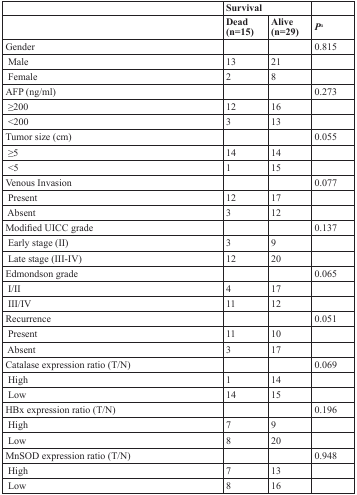
|  | <COLSPAN=2> Survival |  |
 |  | Dead (n=15) | Alive (n=29) | Pa |
 | --- | --- | --- | --- |
 | Gender |  |  | 0.815 |
 | Male | 13 | 21 |  |
 | Female | 2 | 8 |  |
 | AFP (ng/ml) |  |  | 0.273 |
 | ≥200 | 12 | 16 |  |
 | <200 | 3 | 13 |  |
 | Tumor size (cm) |  |  | 0.055 |
 | ≥5 | 14 | 14 |  |
 | <5 | 1 | 15 |  |
 | Venous Invasion |  |  | 0.077 |
 | Present | 12 | 17 |  |
 | Absent | 3 | 12 |  |
 | Modified UICC grade |  |  | 0.137 |
 | Early stage (II) | 3 | 9 |  |
 | Late stage (III-IV) | 12 | 20 |  |
 | Edmondson grade |  |  | 0.065 |
 | I/II | 4 | 17 |  |
 | III/IV | 11 | 12 |  |
 | Recurrence |  |  | 0.051 |
 | Present | 11 | 10 |  |
 | Absent | 3 | 17 |  |
 | Catalase expression ratio (T/N) |  |  | 0.069 |
 | High | 1 | 14 |  |
 | Low | 14 | 15 |  |
 | HBx expression ratio (T/N) |  |  | 0.196 |
 | High | 7 | 9 |  |
 | Low | 8 | 20 |  |
 | MnSOD expression ratio (T/N) |  |  | 0.948 |
 | High | 7 | 13 |  |
 | Low | 8 | 16 |  |